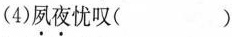
(4)夙夜忧叹( )